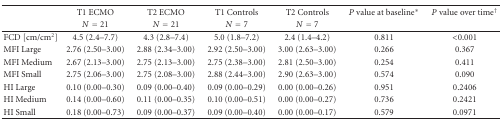
<table><thead><tr><td></td><td><b>T1 ECMO</b></td><td><b>T2 ECMO</b></td><td><b>T1 Controls</b></td><td><b>T2 Controls</b></td><td><b><i>P</i> value at baseline*</b></td><td><b><i>P</i> value over time<sup>†</sup></b></td></tr><tr><td></td><td><b><i>N</i> = 21</b></td><td><b><i>N</i> = 21</b></td><td><b><i>N</i> = 7</b></td><td><b><i>N</i> = 7</b></td><td></td><td></td></tr></thead><tbody><tr><td>FCD [cm/cm<sup>2</sup>]</td><td>4.5 (2.4–7.7)</td><td>4.3 (2.8–7.4)</td><td>5.0 (1.8–7.2)</td><td>2.4 (1.4–4.2)</td><td>0.811</td><td>&lt;0.001</td></tr><tr><td>MFI Large</td><td>2.76 (2.50–3.00)</td><td>2.88 (2.34–3.00)</td><td>2.92 (2.50–3.00)</td><td>3.00 (2.63–3.00)</td><td>0.266</td><td>0.367</td></tr><tr><td>MFI Medium</td><td>2.67 (2.13–3.00)</td><td>2.75 (2.13–3.00)</td><td>2.75 (2.38–3.00)</td><td>2.81 (2.50–3.00)</td><td>0.254</td><td>0.411</td></tr><tr><td>MFI Small</td><td>2.75 (2.06–3.00)</td><td>2.75 (2.08–3.00)</td><td>2.88 (2.44–3.00)</td><td>2.90 (2.63–3.00)</td><td>0.574</td><td>0.090</td></tr><tr><td>HI Large</td><td>0.10 (0.00–0.30)</td><td>0.09 (0.00–0.40)</td><td>0.09 (0.00–0.29)</td><td>0.00 (0.00–0.26)</td><td>0.951</td><td>0.2406</td></tr><tr><td>HI Medium</td><td>0.14 (0.00–0.60)</td><td>0.11 (0.00–0.35)</td><td>0.10 (0.00–0.51)</td><td>0.00 (0.00–0.27)</td><td>0.736</td><td>0.2421</td></tr><tr><td>HI Small</td><td>0.18 (0.00–0.73)</td><td>0.09 (0.00–0.37)</td><td>0.09 (0.00–0.40)</td><td>0.00 (0.00–0.17)</td><td>0.579</td><td>0.0971</td></tr></tbody></table>